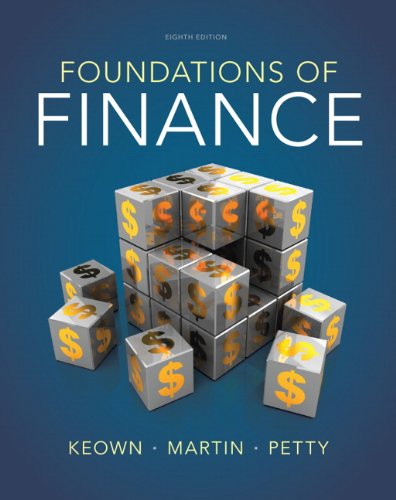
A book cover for Foundations of Finance (8th Edition) (Pearson Series in Finance); Arthur J. Keown; Business & Money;